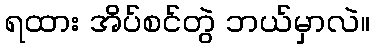
ရထား အိပ်စင်တွဲ ဘယ်မှာလဲ။